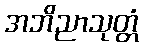
အဘိညာသုတ္တံ